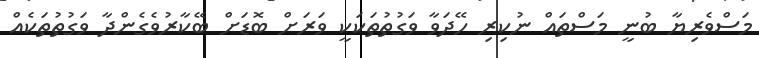
މަސްވެރިޔާ ބުނީ މަސްތައް ނުކިރި ހޭދަވާ ވަގުތުތަކަކީ ވަރަށް ބޮޑަށް ބޭކާރުވެގެންދާ ވަގުތުތަކެއް